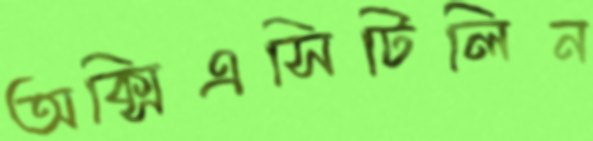
অক্সিএসিটিলিন